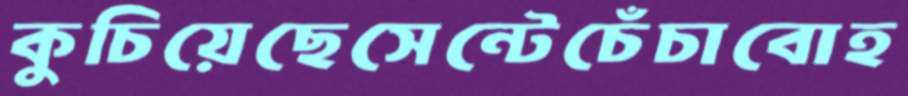
কুচিয়েছেসেন্টেচেঁচাবোহ